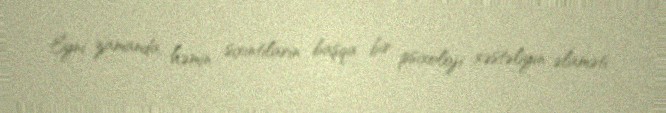
Eyni zamanda, həmin sıxıntıların başqa bir psixoloji xəstəliyin əlaməti